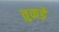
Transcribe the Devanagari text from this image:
तुकड़े